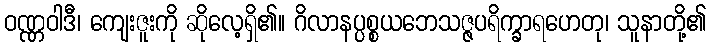
ဝဏ္ဏဝါဒီ၊ ကျေးဇူးကို ဆိုလေ့ရှိ၏။ ဂိလာနပ္ပစ္စယဘေသဇ္ဇပရိက္ခာရဟေတု၊ သူနာတို့၏